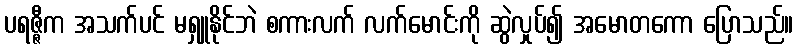
ပရဇ္ဇီက အသက်ပင် မရှူနိုင်ဘဲ စကားလက် လက်မောင်းကို ဆွဲလှုပ်၍ အမောတကော ပြောသည်။